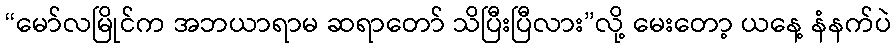
“မော်လမြိုင်က အဘယာရာမ ဆရာတော် သိပြီးပြီလား”လို့ မေးတော့ ယနေ့ နံနက်ပဲ